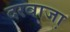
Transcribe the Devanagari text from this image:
दरवाजा़